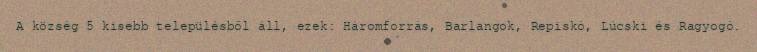
A község 5 kisebb településből áll, ezek: Háromforrás, Barlangok, Repiskó, Lúcski és Ragyogó.